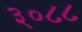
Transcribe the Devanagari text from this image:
३०८८